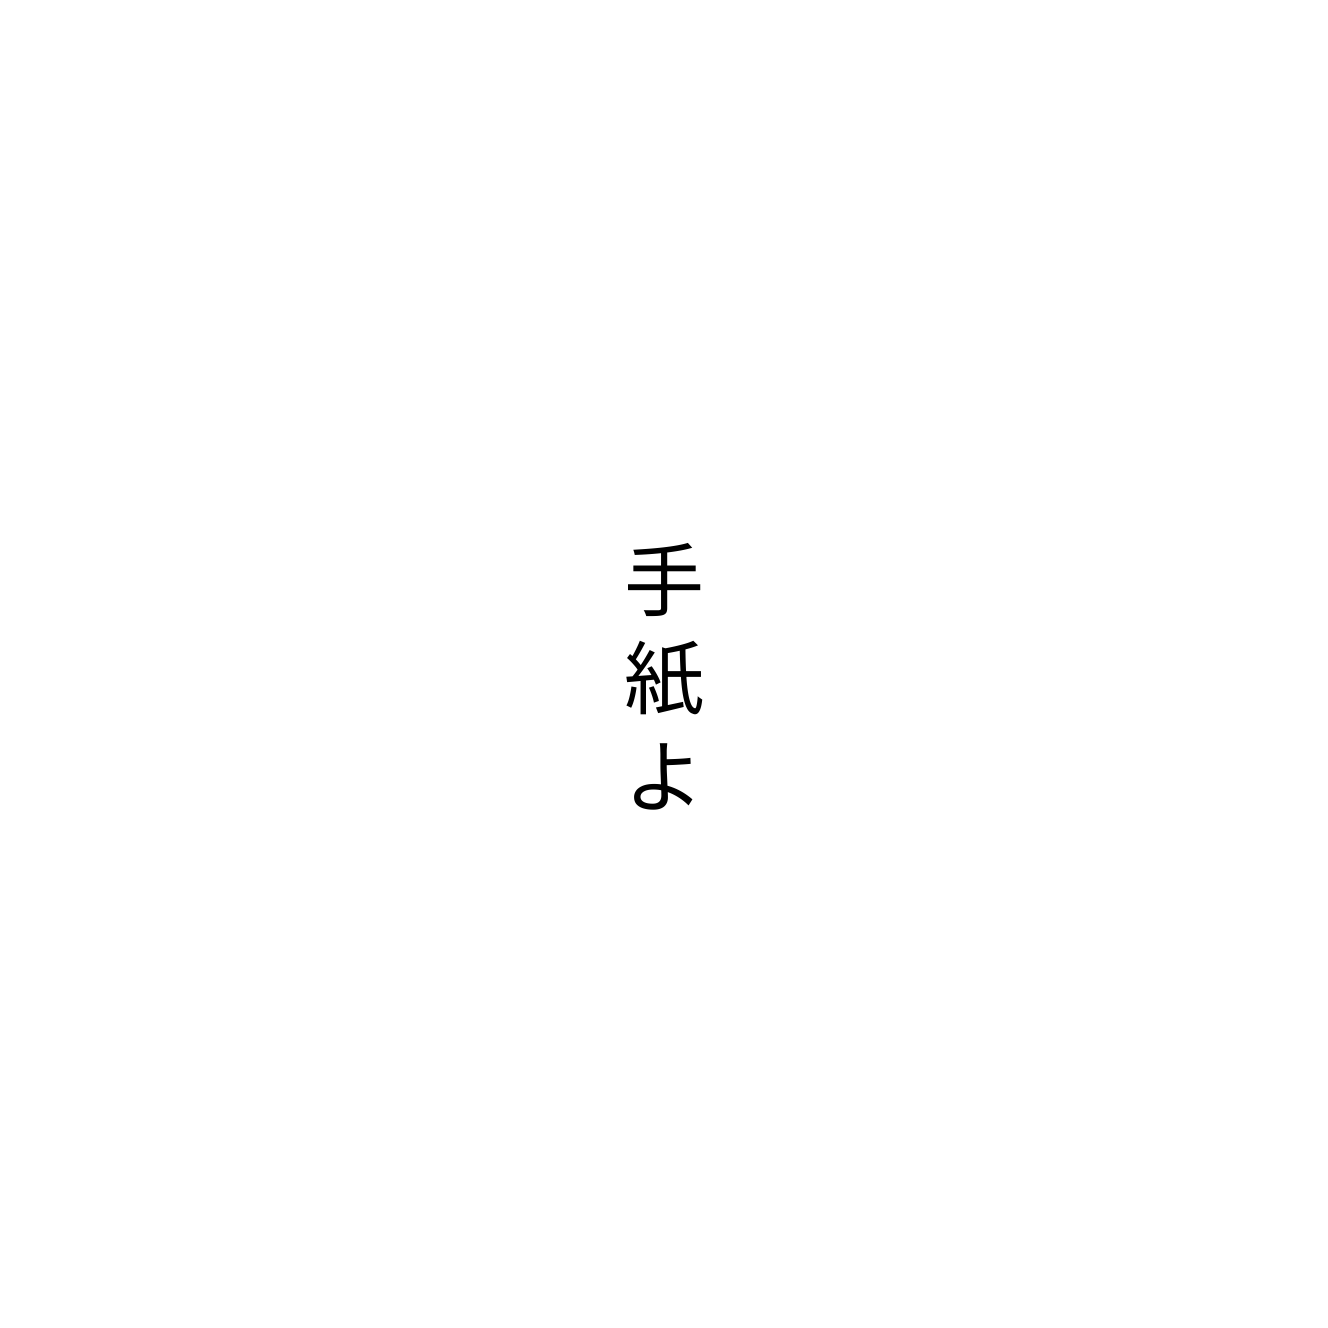
手紙よ